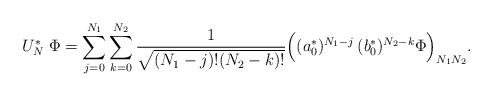
LaTeX: \begin{align*}U_N^*\;\Phi=\sum_{j=0}^{N_1}\sum_{k=0}^{N_2}\frac{1}{\sqrt{(N_1-j)!(N_2-k)!}}\Big((a^*_0)^{N_1-j}\,(b_0^*)^{N_2-k}\Phi\Big)_{N_1N_2}.\end{align*}